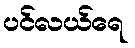
ပင်လယ်ရေ